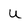
Character: u